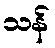
သန်